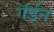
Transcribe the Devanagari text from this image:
गॅर्डन